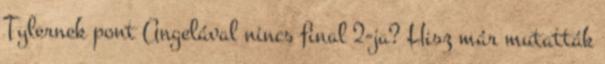
Tylernek pont Angelával nincs final 2-ja? Hisz már mutatták